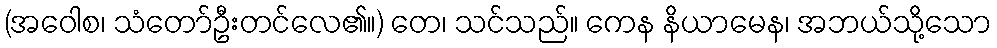
(အဝေါစ၊ သံတော်ဦးတင်လေ၏။) တေ၊ သင်သည်။ ကေန နိယာမေန၊ အဘယ်သို့သော